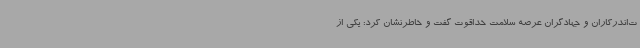
ت‌اندرکاران و جهادگران عرصه سلامت خداقوت گفت و خاطرنشان کرد: یکی از